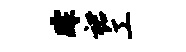
踪裙工